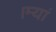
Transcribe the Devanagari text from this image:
।म्यां